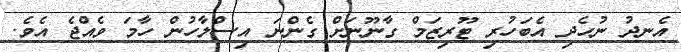
އެނދު ނުހެދި އެބަހުރި ޓޫރިޒަމް ގާނޫނަށް ގެންނަ އިސްލާހުން ހާމަ ވެއްޖެ އެވެ.